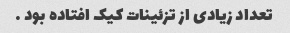
تعداد زیادی از تزئینات کیک افتاده بود …